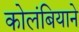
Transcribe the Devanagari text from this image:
कोलंबियाने